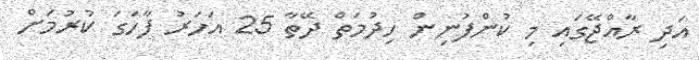
އަދި ރާއްޖޭގައި މި ކުންފުނިން ހިދުމަތް ދޭތާ 25 އަހަރު ފާހަގަ ކުރުމަށް